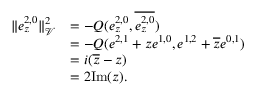
\begin{array} { r l } { \| e _ { z } ^ { 2 , 0 } \| _ { \mathcal { V } } ^ { 2 } } & { = - Q ( e _ { z } ^ { 2 , 0 } , \overline { { e _ { z } ^ { 2 , 0 } } } ) } \\ & { = - Q ( e ^ { 2 , 1 } + z e ^ { 1 , 0 } , e ^ { 1 , 2 } + \overline { { z } } e ^ { 0 , 1 } ) } \\ & { = i ( \overline { { z } } - z ) } \\ & { = 2 \mathrm { I m } ( z ) . } \end{array}